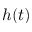
h ( t )